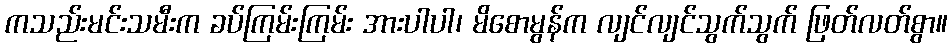
ကသည်းမင်းသမီးက ခပ်ကြမ်းကြမ်း အားပါပါ၊ မိစောမွန်က လျင်လျင်သွက်သွက် ဖြတ်လတ်စွာ။